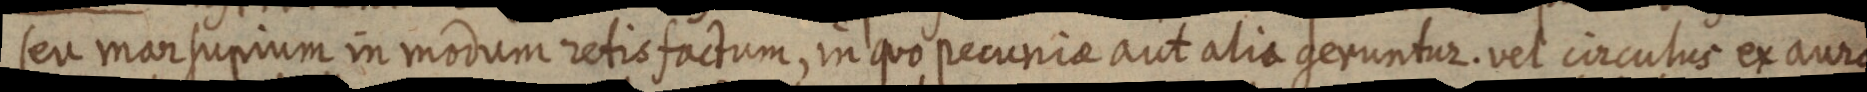
seu marsupium in modum retis factum, in quo pecunrae aut alia geruntur. vel corculus exarore